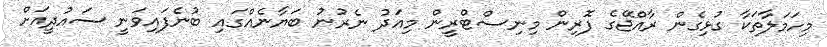
މިހަމަލާތަކާ ގުޅިގެން ރާއްޖޭގެ ފޮރިން މިނިސްޓްރީން މިއަދު ނެރުނު ބަޔާނެއްގައި ބުނެފައިވަނީ ސައުދީއަށް